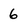
Character: 6